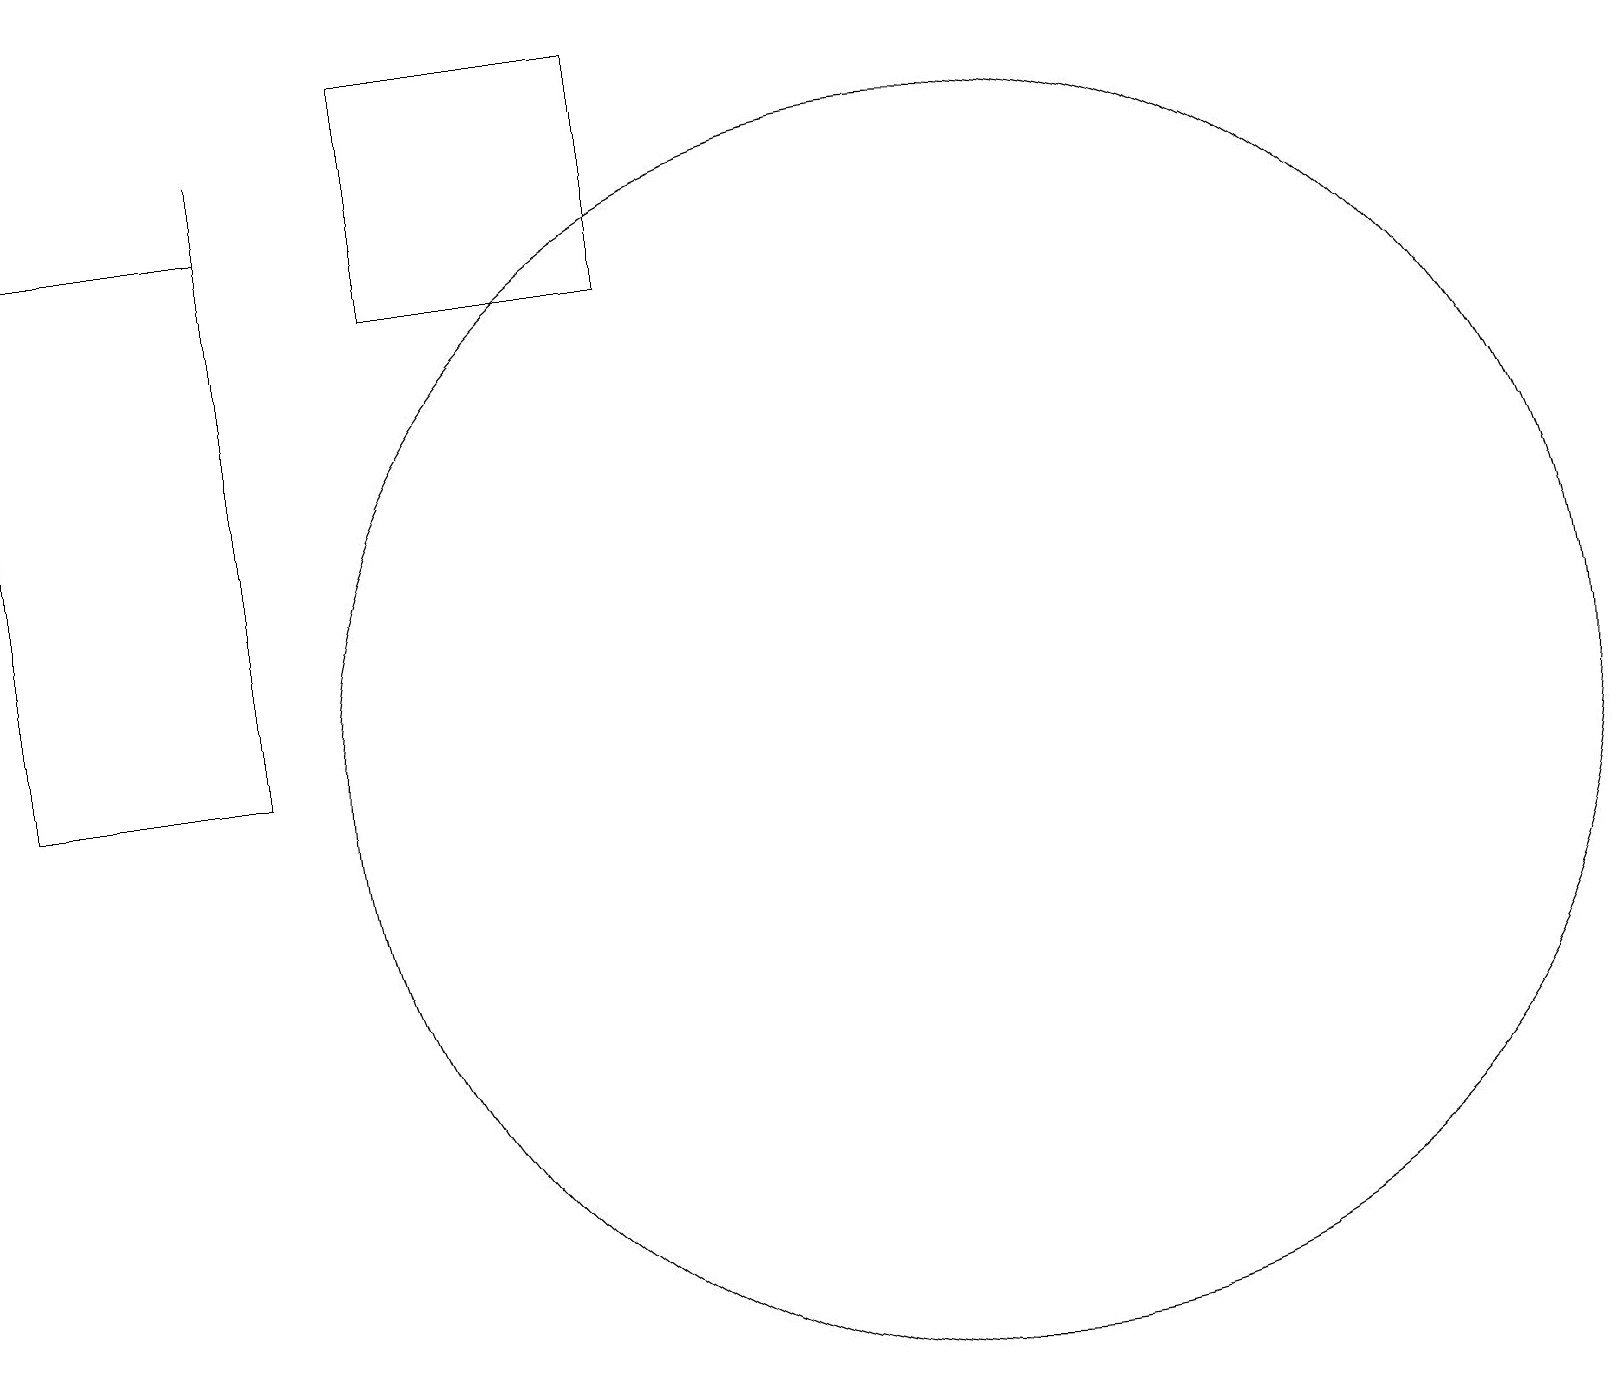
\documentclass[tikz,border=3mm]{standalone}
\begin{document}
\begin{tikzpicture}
\draw (3,18) rectangle (3,17);
\draw (8,19) rectangle (5,16);
\draw (12,10) circle (8);
\draw (0,17) rectangle (3,10);
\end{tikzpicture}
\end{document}